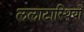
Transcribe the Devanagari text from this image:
ललाटास्थियों